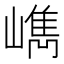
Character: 𡼕